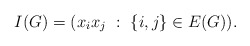
\begin{align*}I(G)= (x_ix_j~:~ \{i,j\}\in E(G) ). \end{align*}